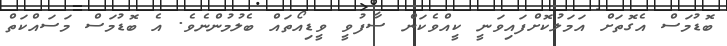
ބޮޑުމަސް އެގޮތަށް އަމަލުކޮށްފައިވަނީ ކީއްވެކަން ސާފުވީ ވީޑިއޯތައް ބެލުމުންނެވެ. އެ ބޮޑުމަސް މަސައްކަތް